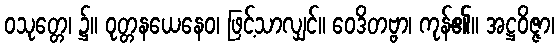
ဝသုတ္တေ၊ ၌။ ဝုတ္တနယေနေဝ၊ ဖြင့်သာလျှင်။ ဝေဒိတဗ္ဗာ၊ ကုန်၏။ အဋ္ဌဝိဇ္ဇာ၊